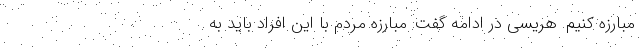
مبارزه کنیم. هریسی در ادامه گفت: مبارزه مردم با این افراد باید به